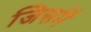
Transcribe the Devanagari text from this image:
जिसमॆं